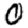
Digit: 0